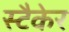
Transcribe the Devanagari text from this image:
स्टैकेर